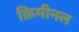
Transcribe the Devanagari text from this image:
क्रिमीनल